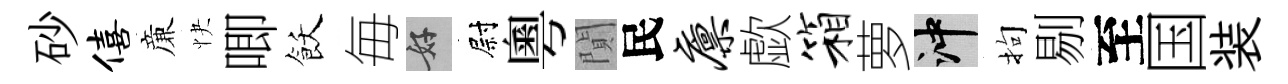
砂僖亷快唧飫毎好尉粵閴民廪歔箱萝冲拘剔至国装